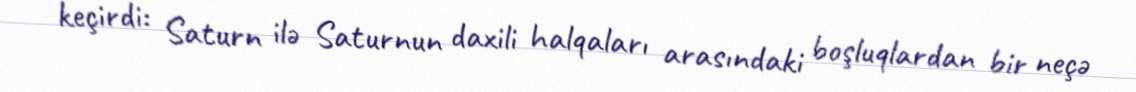
keçirdi: Saturn ilə Saturnun daxili halqaları arasındaki boşluqlardan bir neçə